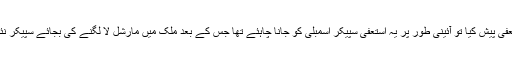
اگر ایوب خان نے واقعی استعفیٰ پیش کیا تو آئینی طور پر یہ استعفیٰ سپیکر اسمبلی کو جانا چاہئے تھا جس کے بعد ملک میں مارشل لا لگنے کی بجائے سپیکر نئے صدر کا انتخاب کرواتے۔